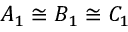
A _ { 1 } \cong B _ { 1 } \cong C _ { 1 }